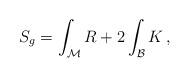
LaTeX: \begin{align*}S_g = \int_{\mathcal M} R + 2 \int_{{\mathcal B}} K \, ,\end{align*}